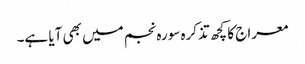
معراج کا کچھ تذکرہ سورہ نجم میں بھی آیا ہے۔